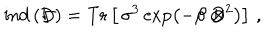
\mathrm { i n d } \, ( \not \! \! D ) = \mathrm { T r } \left[ \, \sigma ^ { 3 } \exp \left( - \beta \not \! \! D ^ { 2 } \right) \right] \, ,